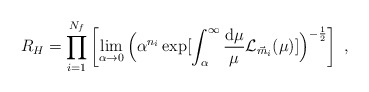
\begin{align*}R_{H}=\prod_{i=1}^{N_{f}} \left[\lim_{\alpha \rightarrow 0}\Big(\alpha^{n_{i}}\exp[\int_\alpha^\infty \frac{{\rm d}\mu}{\mu}{\cal L}_{\vec{m}_{i}}(\mu)]\Big)^{-\frac{1}{2}} \right] \ ,\end{align*}